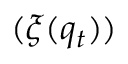
( \xi ( q _ { t } ) )